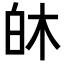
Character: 𪽻